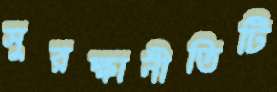
সুরক্ষানীতিটি